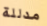
مدللة